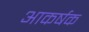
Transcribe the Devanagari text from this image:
अाकर्षक